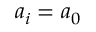
a _ { i } = a _ { 0 }